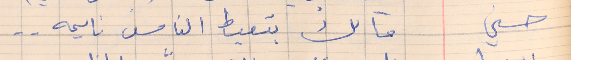
حسني     مالك بتعيط الناس نايمه . .